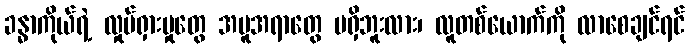
ခန္ဓာကိုယ်ရဲ့ လှုပ်ရှားမှုတွေ အမူအရာတွေ မရှိဘူးလား၊ လူတစ်ယောက်ကို လာစေချင်ရင်